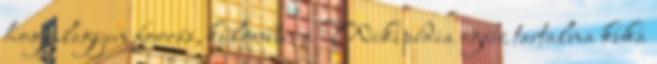
hogy legyen forrás, különben a Wikipédia egész tartalma kuka